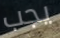
يجب